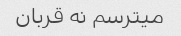
میترسم نه قربان